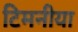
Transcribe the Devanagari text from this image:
टिमनीया